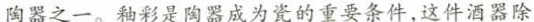
陶器之一。釉彩是陶器成为的重要条件，这酒器除